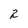
Character: 2